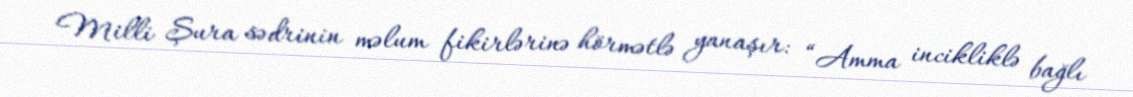
Milli Şura sədrinin məlum fikirlərinə hörmətlə yanaşır: “Amma incikliklə bağlı